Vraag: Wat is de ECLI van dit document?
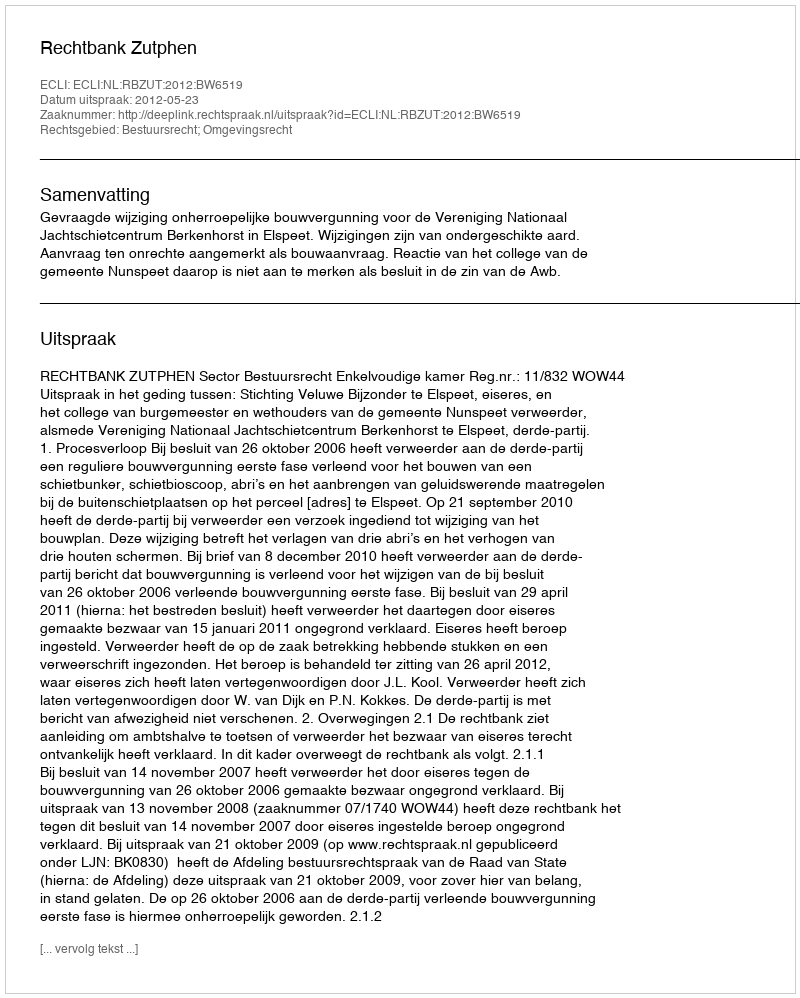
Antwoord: ECLI:NL:RBZUT:2012:BW6519